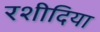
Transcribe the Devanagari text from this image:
रशीदिया